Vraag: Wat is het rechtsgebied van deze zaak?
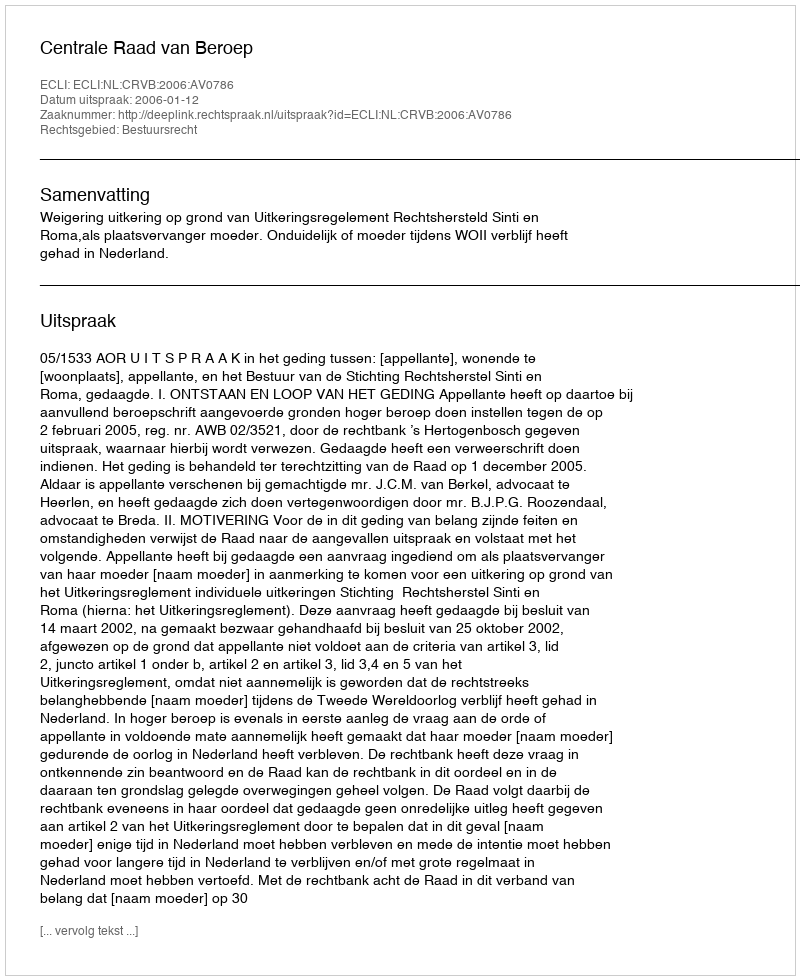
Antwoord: Bestuursrecht